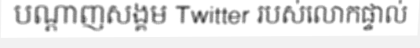
បណ្តាញសង្គម Twitter របស់លោកផ្ទាល់